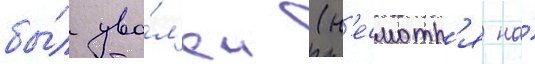
бы́л уво́л'ен (н'есмотр'я на́